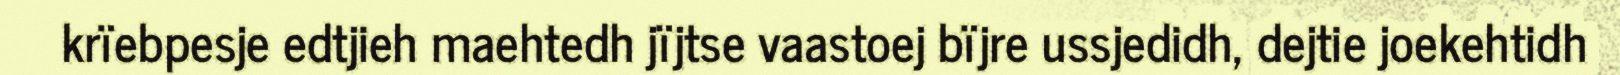
krïebpesje edtjieh maehtedh jïjtse vaastoej bïjre ussjedidh, dejtie joekehtidh